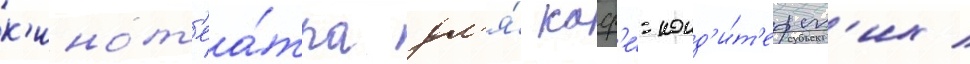
к'инот'еа́тра дл'я́ каф'е́-конд'и́т'ерск'их /